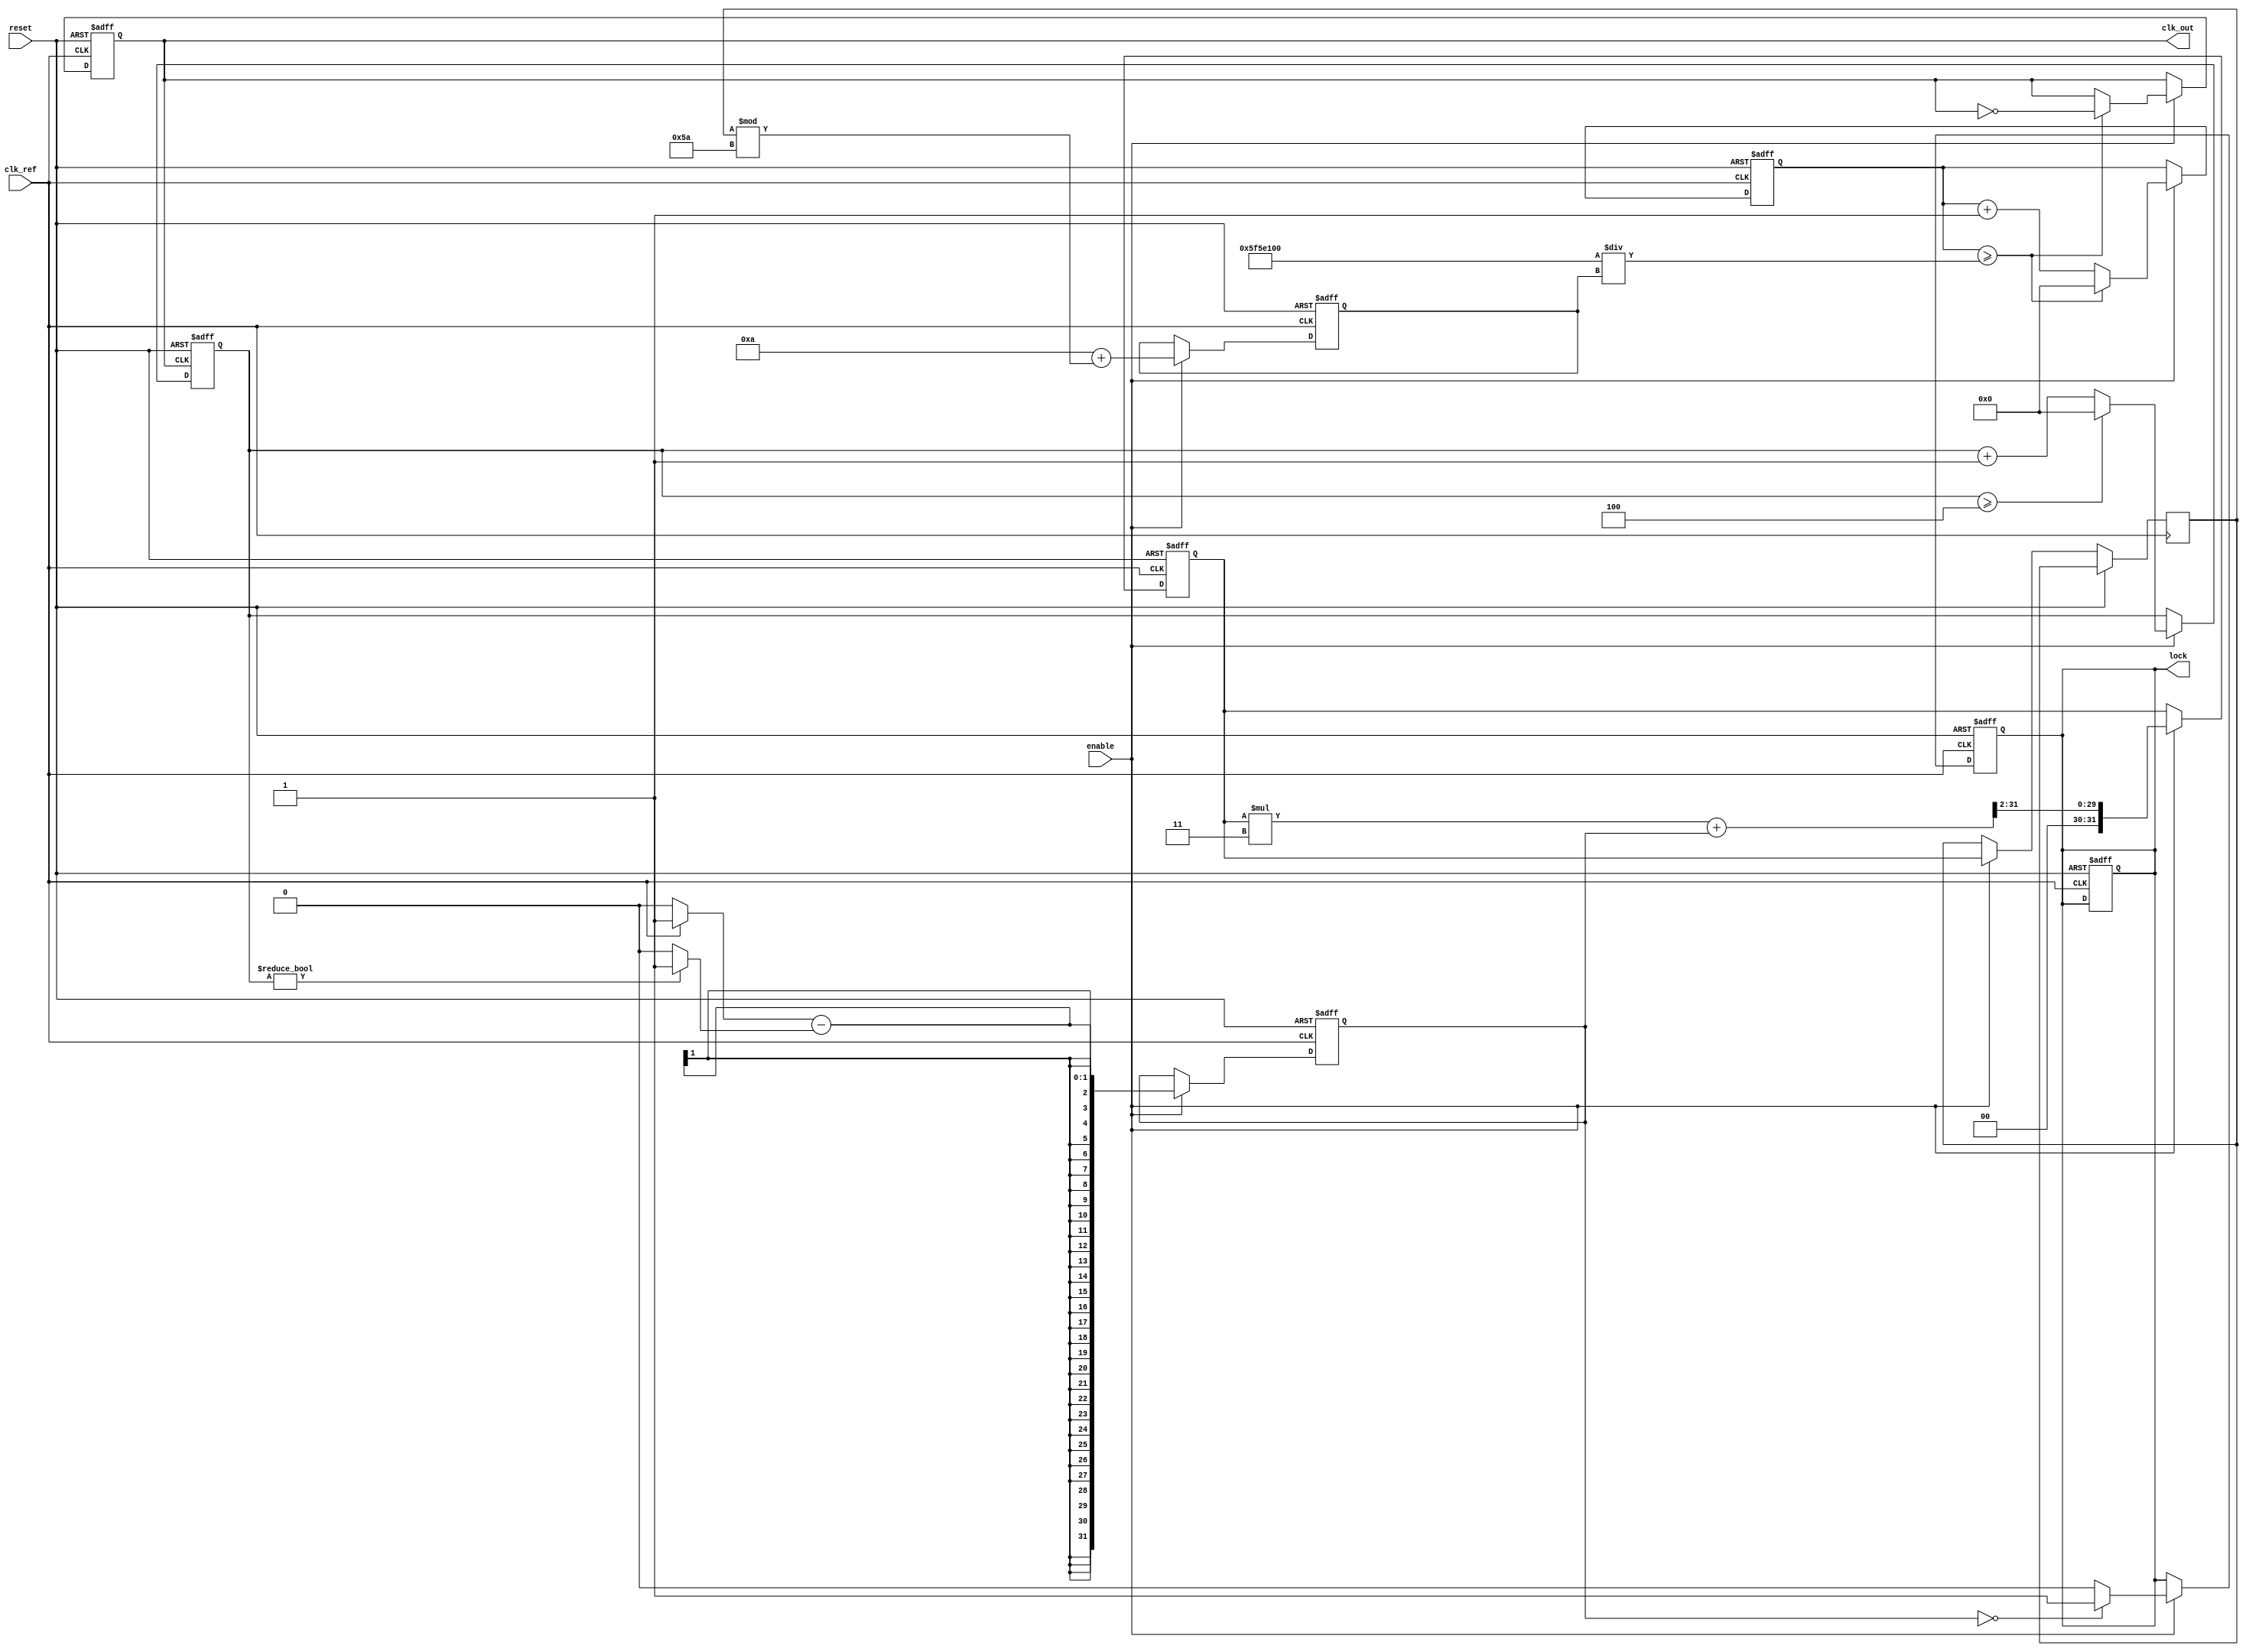
module MemoryBlocksLinearPLL (
    input wire clk_ref,          // Reference clock input
    input wire reset,            // Reset signal
    input wire enable,           // Enable signal for PLL
    output reg clk_out,          // Output clock signal
    output reg lock              // Lock status output
);

    // Parameters
    parameter DIV_RATIO = 4;     // Division ratio for feedback
    parameter VCO_MAX_FREQ = 100; // Max frequency for VCO
    parameter VCO_MIN_FREQ = 10;  // Min frequency for VCO

    // Internal signals
    reg [31:0] phase_error;       // Phase error signal from PD
    reg [31:0] control_voltage;    // Control voltage for VCO
    reg [31:0] vco_freq;           // Frequency output from VCO
    reg [31:0] feedback;           // Feedback signal from divider
    reg [31:0] vco_counter;        // VCO counter for clock generation
    reg [31:0] lp_filter;          // Low pass filter output

    // Phase Detector (PD)
    always @(posedge clk_ref or posedge reset) begin
        if (reset) begin
            phase_error <= 0;
        end else if (enable) begin
            // Simple phase comparison (for illustration)
            phase_error <= (clk_ref ? 1 : 0) - (feedback ? 1 : 0);
        end
    end

    // Low Pass Filter (LPF)
    always @(posedge clk_ref or posedge reset) begin
        if (reset) begin
            lp_filter <= 0;
        end else if (enable) begin
            // Simple LPF implementation (RC filter)
            lp_filter <= (lp_filter * 3 + phase_error) >> 2; // Example filter equation
            control_voltage <= lp_filter; // Update control voltage
        end
    end

    // Voltage-Controlled Oscillator (VCO)
    always @(posedge clk_ref or posedge reset) begin
        if (reset) begin
            vco_freq <= VCO_MIN_FREQ;
            vco_counter <= 0;
            clk_out <= 0;
            lock <= 0;
        end else if (enable) begin
            // Update VCO frequency based on control voltage
            vco_freq <= VCO_MIN_FREQ + (control_voltage % (VCO_MAX_FREQ - VCO_MIN_FREQ));
            // Generate output clock based on VCO frequency
            if (vco_counter >= (100000000 / vco_freq)) begin // Assuming clk_ref is 100MHz
                clk_out <= ~clk_out;
                vco_counter <= 0;
            end else begin
                vco_counter <= vco_counter + 1;
            end
        end
    end

    // Feedback Divider
    always @(posedge clk_out or posedge reset) begin
        if (reset) begin
            feedback <= 0;
        end else if (enable) begin
            feedback <= feedback + 1;
            if (feedback >= DIV_RATIO) begin
                feedback <= 0; // Reset feedback counter
            end
        end
    end

    // Lock detection logic
    always @(posedge clk_ref or posedge reset) begin
        if (reset) begin
            lock <= 0;
        end else if (enable) begin
            // Simple lock detection (for illustration)
            if (phase_error == 0) begin
                lock <= 1; // Locked
            end else begin
                lock <= 0; // Not locked
            end
        end
    end

endmodule